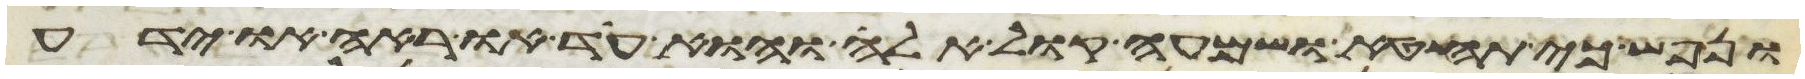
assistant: ונפש כי תחטא ושמעה קול אלה והוא עד או ראה או ידע